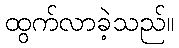
ထွက်လာခဲ့သည်။